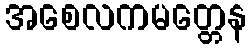
အစေလကမတ္တေန